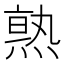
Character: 𱫹